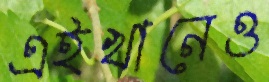
এইখানেও